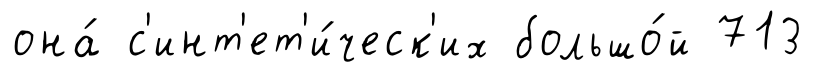
она́ с'инт'ет'и́ческ'их большо́й 713